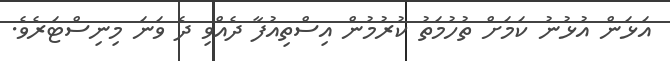
އަޅަން އުޅުނު ކަމަށް ތުހުމަތު ކުރުމުން އިސްތިއުފާ ދެއްވި ދެ ވަނަ މިނިސްޓަރެވެ.